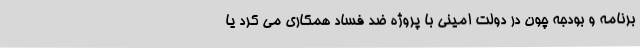
برنامه و بودجه چون در دولت امینی با پروژه ضد فساد همکاری می کرد یا